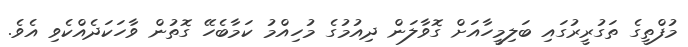
މުފްތީގެ ތަގުރީރުގައި ބަލިމީހާއަށް ގޮވާލަން ދިއުމުގެ މުހިއްމު ކަމާބެހޭ ގޮތުން ވާހަކަދެއްކެވި އެވެ.